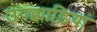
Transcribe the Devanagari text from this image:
उपझाड़ियां